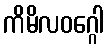
ကိမိလဝဂ္ဂေါ